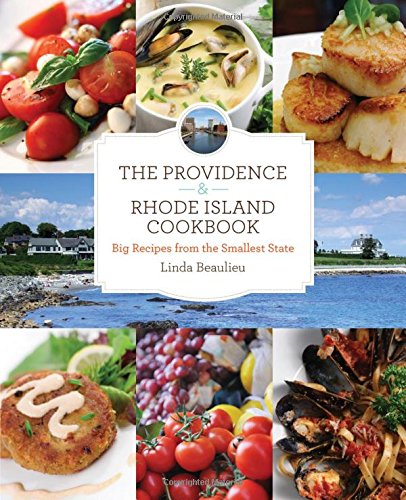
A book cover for Providence & Rhode Island Cookbook: Big Recipes From The Smallest State; Linda Beaulieu; Cookbooks, Food & Wine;